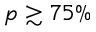
p \gtrsim 7 5 \%